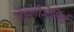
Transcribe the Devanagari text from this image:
मेडुलोज़ेसिई